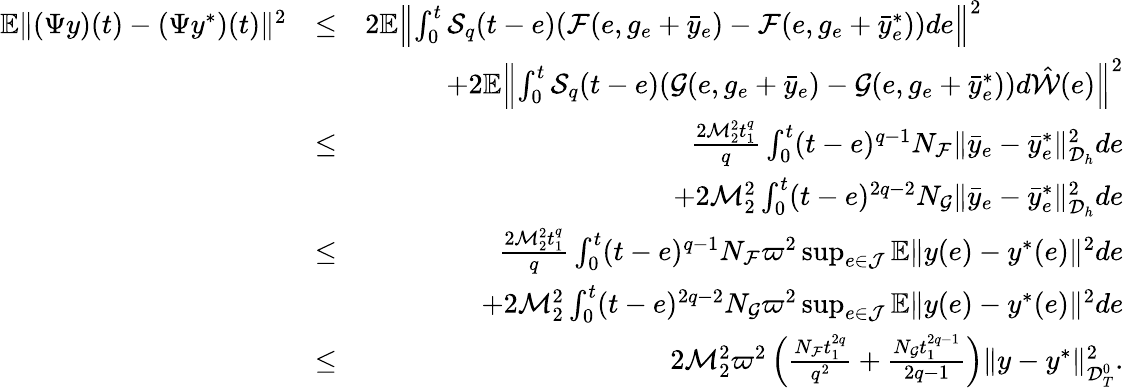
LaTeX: \begin{array}{rlr}{\mathbb{E}\| ({\Psi}y)(t)-(\Psi y^{*})(t)\| ^{2}}&{\leq}&{2\mathbb{E}\left\| \int_{0}^{t}{\cal S}_{q}(t-e)({\cal F}(e,g_{e}+\bar{y}_{e})-{\cal F}(e,g_{e}+\bar{y}_{e}^{*}))de\right\| ^{2}\qquad\qquad\quad}\\ &{}&{+2\mathbb{E}\left\| \int_{0}^{t}{\cal S}_{q}(t-e)({\cal G}(e,g_{e}+\bar{y}_{e})-{\cal G}(e,g_{e}+\bar{y}_{e}^{*}))d\hat{\cal W}(e)\right\| ^{2}}\\ &{\leq}&{\frac{2{\cal M}_{2}^{2}t_{1}^{q}}{q}\int_{0}^{t}(t-e)^{q-1}N_{\cal F}\| \bar{y}_{e}-\bar{y}_{e}^{*}\| _{{\cal D}_{h}}^{2}de}\\ &{}&{+2{\cal M}_{2}^{2}\int_{0}^{t}(t-e)^{2q-2}N_{\cal G}\| \bar{y}_{e}-\bar{y}_{e}^{*}\| _{{\cal D}_{h}}^{2}de}\\ &{\leq}&{\frac{2{\cal M}_{2}^{2}t_{1}^{q}}{q}\int_{0}^{t}(t-e)^{q-1}N_{\cal F}\varpi^{2}\operatorname*{sup}_{e\in{\cal J}}\mathbb{E}\| y(e)-y^{*}(e)\| ^{2}de}\\ &{}&{+2{\cal M}_{2}^{2}\int_{0}^{t}(t-e)^{2q-2}N_{\cal G}\varpi^{2}\operatorname*{sup}_{e\in{\cal J}}\mathbb{E}\| y(e)-y^{*}(e)\| ^{2}de}\\ &{\leq}&{2{\cal M}_{2}^{2}\varpi^{2}\left(\frac{N_{\cal F}t_{1}^{2q}}{q^{2}}+\frac{N_{\cal G}t_{1}^{2q-1}}{2q-1}\right)\| y-y^{*}\| _{{\cal D}_{T}^{0}}^{2}.}\end{array}